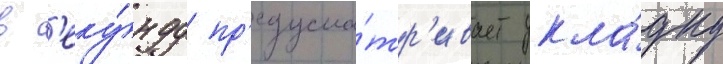
в с'еку́нду пр'едусма́тр'ивает укла́дку